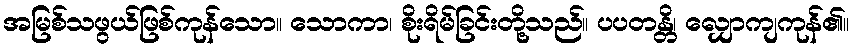
အမြစ်သဖွယ်ဖြစ်ကုန်သော။ သောကာ၊ စိုးရိမ်ခြင်းတို့သည်။ ပပတန္တိ၊ လျှောကျကုန်၏။